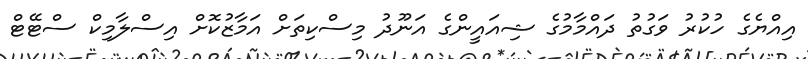
އިއްޔެގެ ހުކުރު ވަގުތު ދައްމާމުގެ ޝިއައީންގެ އަނޫދު މިސްކިތަށް އަމާޒުކޮށް އިސްލާމިކް ސްޓޭޓް